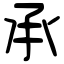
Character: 𠄘